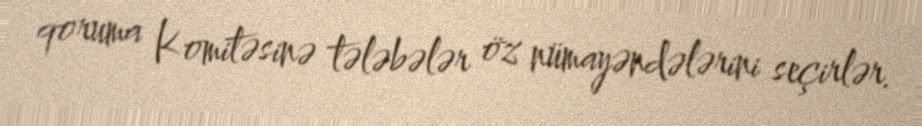
qoruma Komitəsinə tələbələr öz nümayəndələrini seçirlər.